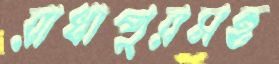
রাধাপুরসহ